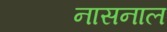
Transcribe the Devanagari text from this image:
नासनाल